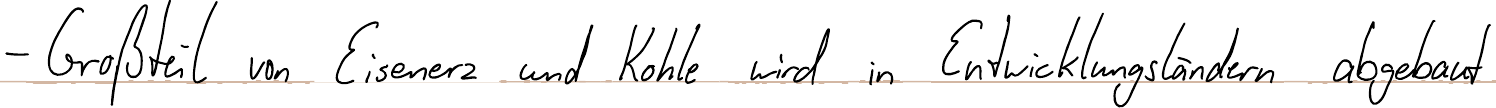
- Großteil von Eisenerz und Kohle wird in Entwicklungsländern abgebaut